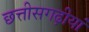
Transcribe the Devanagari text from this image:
छत्तीसगढ़ीयां